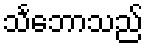
သင်္ဘောသည်